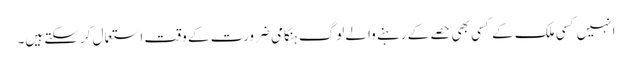
انہیں کسی ملک کے کسی بھی حصے کے رہنے والے لوگ ہنگامی ضرورت کے وقت استعمال کرسکتے ہیں۔